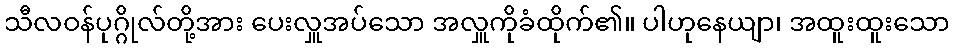
သီလဝန်ပုဂ္ဂိုလ်တို့အား ပေးလှူအပ်သော အလှူကိုခံထိုက်၏။ ပါဟုနေယျာ၊ အထူးထူးသော